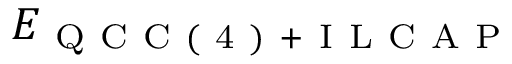
E _ { \mathrm { ~ Q ~ C ~ C ~ ( ~ 4 ~ ) ~ + ~ I ~ L ~ C ~ A ~ P ~ } }